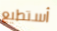
أستطيع